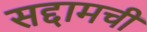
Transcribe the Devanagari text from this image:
सद्दामची